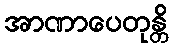
အာဏာပေတုန္တိ